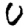
Digit: 0